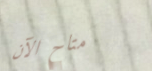
متاح الآن